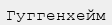
Гуггенхейм